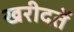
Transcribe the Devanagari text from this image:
खरीदतें